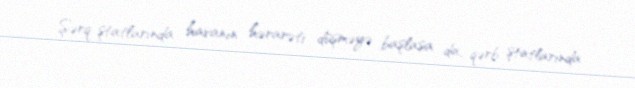
Şərq ştatlarında havanın hərarəti düşməyə başlasa da, qərb ştatlarında